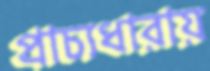
প্রাচ্যধারায়